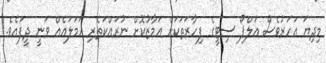
މިދިޔަ އަހަރުވެސް އަލްޕޯ ސިޓީގެ ފިހާރަތަކަށް އަމާޒުކޮށް ނުރައްކަތެރި ހަމަލައެއް ވަނީ ދީފައެވެ.